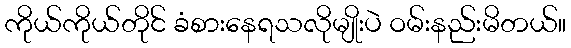
ကိုယ်ကိုယ်တိုင် ခံစားနေရသလိုမျိုးပဲ ဝမ်းနည်းမိတယ်။